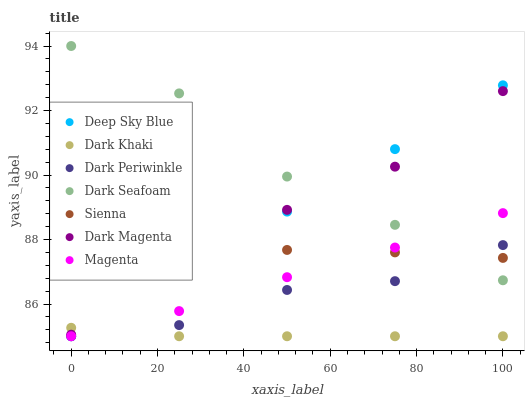
| xaxis_label | Deep Sky Blue | Dark Khaki | Dark Periwinkle | Dark Seafoam | Sienna | Dark Magenta | Magenta |
 | --- | --- | --- | --- | --- | --- | --- | --- |
 | 0 | 85 | 85.3 | 85 | 94 | 87.5 | 85 | 85 |
 | 25 | 87.2 | 85 | 85.3 | 92.5 | 87.7 | 87 | 85.8 |
 | 50 | 88.9 | 85 | 86.4 | 90 | 87.7 | 88.9 | 86.8 |
 | 75 | 90.8 | 85 | 86.7 | 88.5 | 87.6 | 90.3 | 87.8 |
 | 100 | 92.8 | 85 | 87.8 | 86.7 | 87.4 | 92.6 | 88.8 |